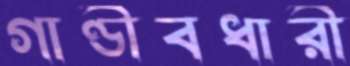
গাণ্ডীবধারী